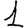
Digit: 1